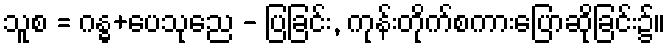
သူစ = ဂန္ဓ+ပေသုညေ - ပြခြင်း, ကုန်းတိုက်စကားပြောဆိုခြင်း၌။